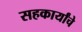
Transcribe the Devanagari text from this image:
सहकार्यांचे